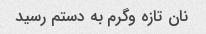
نان تازه وگرم به دستم رسید